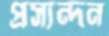
প্রস্যন্দন